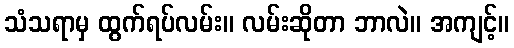
သံသရာမှ ထွက်ရပ်လမ်း။ လမ်းဆိုတာ ဘာလဲ။ အကျင့်။